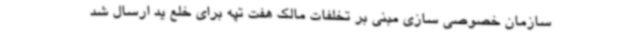
سازمان خصوصی سازی مبنی بر تخلفات مالک هفت تپه برای خلع ید ارسال شد